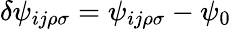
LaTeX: \delta\psi_{ij\rho\sigma}=\psi_{ij\rho\sigma}-\psi_{0}